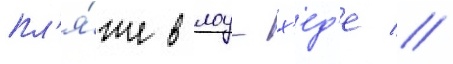
пл'я́же в лоу-х'ед'е //